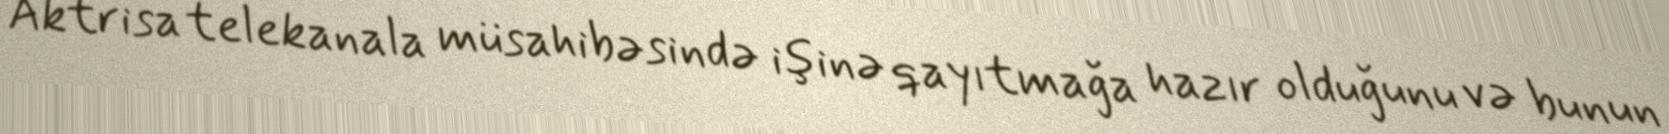
Aktrisa telekanala müsahibəsində işinə qayıtmağa hazır olduğunu və bunun